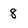
Character: 8